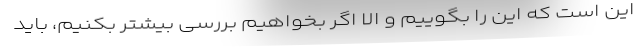
این است که این را بگوییم و الا اگر بخواهیم بررسی بیشتر بکنیم، باید